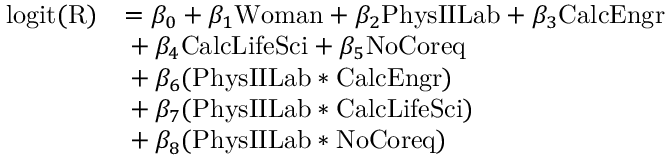
\begin{array} { r l } { \mathrm { l o g i t ( R ) } } & { = \beta _ { 0 } + \beta _ { 1 } \mathrm { W o m a n } + \beta _ { 2 } \mathrm { P h y s I I L a b } + \beta _ { 3 } \mathrm { C a l c E n g r } } \\ & { \indent + \beta _ { 4 } \mathrm { C a l c L i f e S c i } + \beta _ { 5 } \mathrm { N o C o r e q } } \\ & { \indent + \beta _ { 6 } ( \mathrm { P h y s I I L a b } \ast \mathrm { C a l c E n g r } ) } \\ & { \indent + \beta _ { 7 } ( \mathrm { P h y s I I L a b } \ast \mathrm { C a l c L i f e S c i } ) } \\ & { \indent + \beta _ { 8 } ( \mathrm { P h y s I I L a b } \ast \mathrm { N o C o r e q } ) } \end{array}